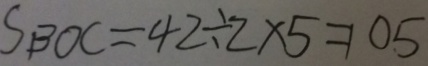
S _ { B O C } = 4 2 \div 2 \times 5 = 1 0 5